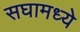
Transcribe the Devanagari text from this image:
सघामध्ये